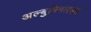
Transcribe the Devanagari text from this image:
अल्बुमिनाएड्स